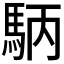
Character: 𮩺